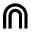
\Cap